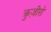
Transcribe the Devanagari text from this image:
क्रुज़ीरो